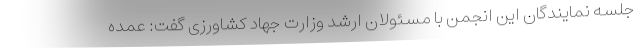
جلسه نمایندگان این انجمن با مسئولان ارشد وزارت جهاد کشاورزی گفت: عمده